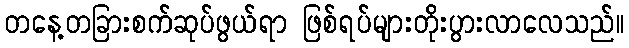
တနေ့တခြားစက်ဆုပ်ဖွယ်ရာ ဖြစ်ရပ်များတိုးပွားလာလေသည်။